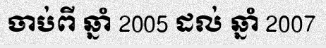
ចាប់ពី ឆ្នាំ 2005 ដល់ ឆ្នាំ 2007